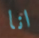
انا